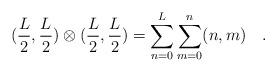
LaTeX: \begin{align*}(\frac{L}{2},\frac{L}{2})\otimes(\frac{L}{2},\frac{L}{2})=\sum_{n=0}^{L}\sum_{m=0}^{n} (n,m)\quad .\end{align*}